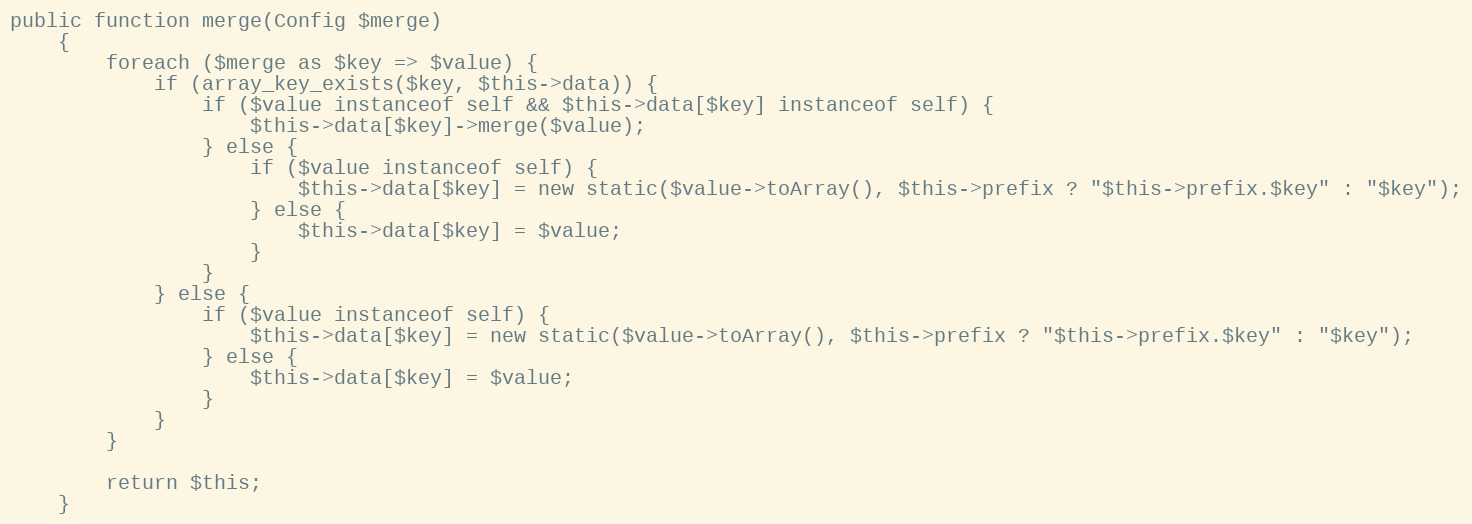
Language: PHP
public function merge(Config $merge)
    {
        foreach ($merge as $key => $value) {
            if (array_key_exists($key, $this->data)) {
                if ($value instanceof self && $this->data[$key] instanceof self) {
                    $this->data[$key]->merge($value);
                } else {
                    if ($value instanceof self) {
                        $this->data[$key] = new static($value->toArray(), $this->prefix ? "$this->prefix.$key" : "$key");
                    } else {
                        $this->data[$key] = $value;
                    }
                }
            } else {
                if ($value instanceof self) {
                    $this->data[$key] = new static($value->toArray(), $this->prefix ? "$this->prefix.$key" : "$key");
                } else {
                    $this->data[$key] = $value;
                }
            }
        }

        return $this;
    }